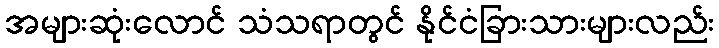
အများဆုံးလောင် သံသရာတွင် နိုင်ငံခြားသားများလည်း